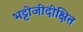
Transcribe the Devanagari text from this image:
भट्टोजीदीक्षित